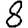
Digit: 8